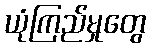
ယုံကြည်မှုတွေ